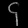
Digit: ၄